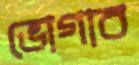
ভোগাব